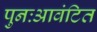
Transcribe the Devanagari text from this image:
पुनःआवंटित